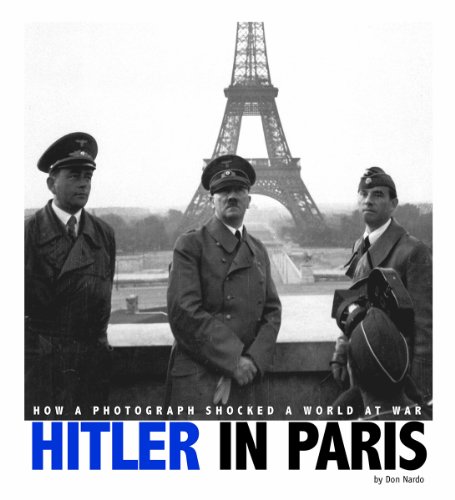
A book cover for Hitler in Paris: How a Photograph Shocked a World at War (Captured World History); Don Nardo; Children's Books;